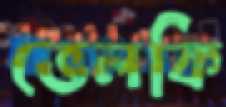
ভেলকি